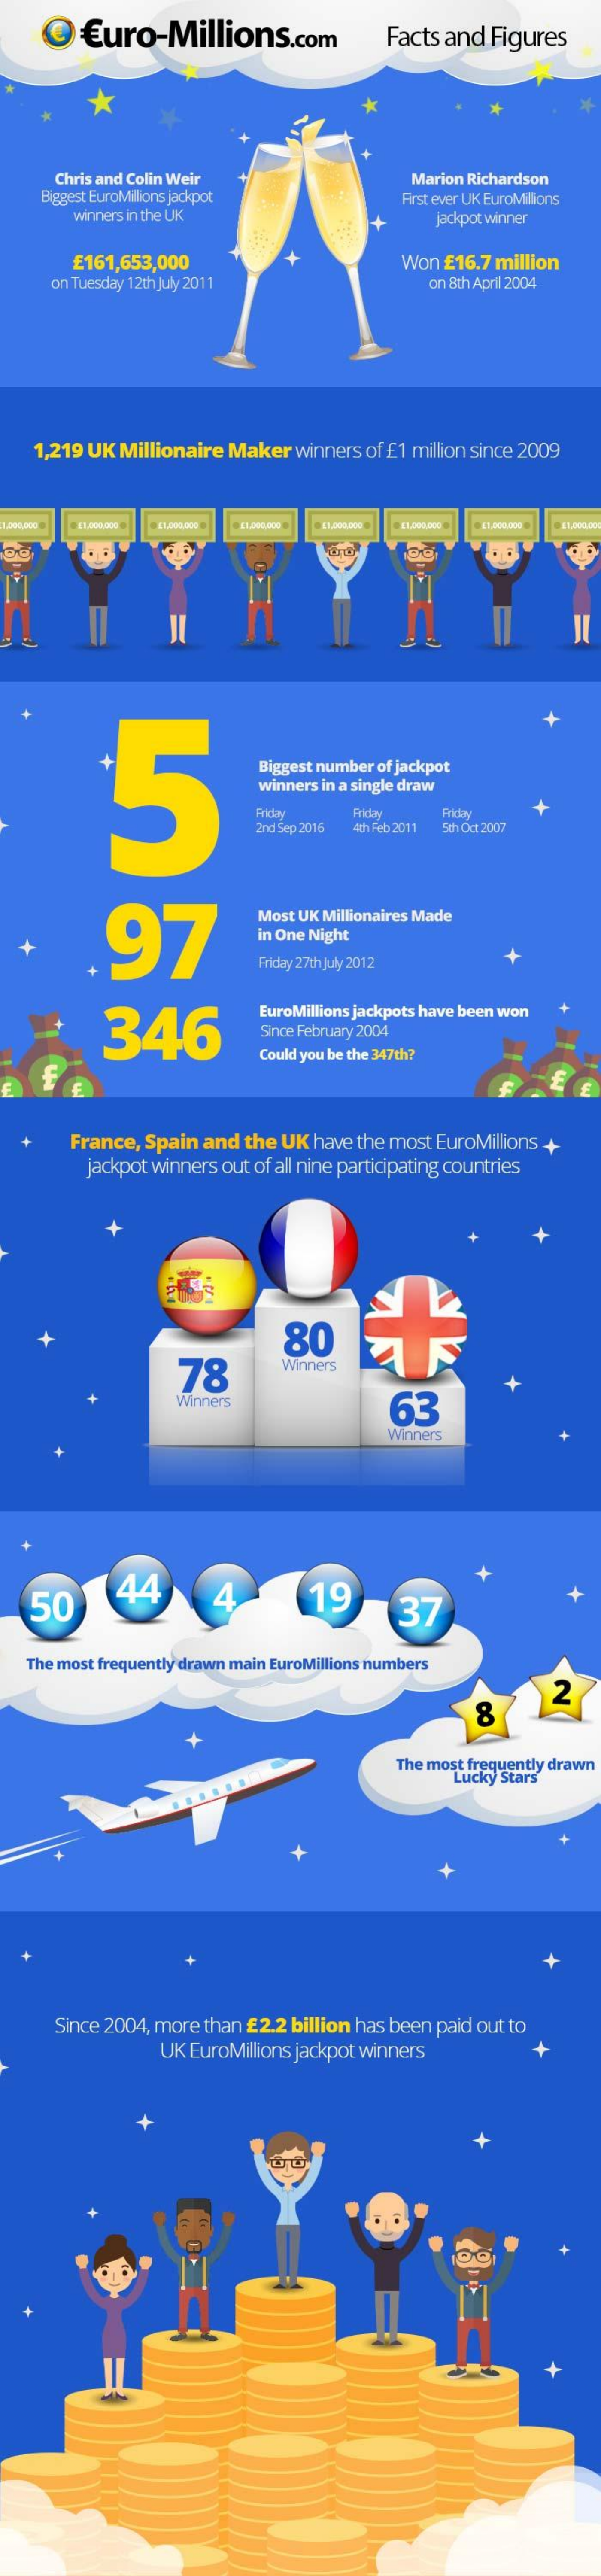
Euro-Millions.com    Facts and Figures
     Chris and Colin Weir
    Biggest EuroMillions jackpot
     Marion Richardson
     First ever UK EuroMillions
     winners in the UK    jackpot winner
     £161,653,000    Won £16.7 million
     on Tuesday 12th July 2011    on 8th April 2004
   1,219 UK Millionaire Maker winners of £1 million since 2009
     11-200,000    11,006 000
     5
     Biggest number of jackpot
     winners in a single draw
     Friday   Friday   Feday
     2nd Sep 2016 4th Feb 2011 5th Oct 2007
     97
     Most UK Millionaires Made
     in One Night
     Friday 27th July 2012
     346
     EuroMillions jackpots have been won
     Since February 2004
     Could you be the 347th?
     France, Spain and the UK have the most EuroMillions +
     jackpot winners out of all nine participating countries
     78
     80
     Winners
     Winners    63
     Winners
   50
     44    4    19    37
   The most frequently drawn main EuroMillions numbers
     8
     2
     The most frequently drawn
     Lucky Stars
     Since 2004, more than £2.2 billion has been paid out to
     UK EuroMillions jackpot winners    +